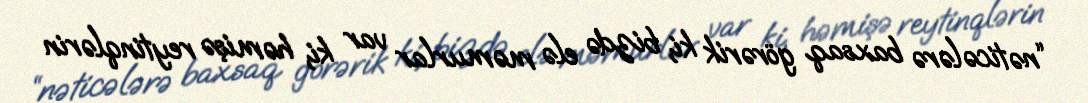
“nəticələrə baxsaq görərik ki, bizdə elə məmurlar var ki, həmişə reytinqlərin